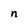
Character: n